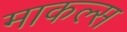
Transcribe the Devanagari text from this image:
माकल्स